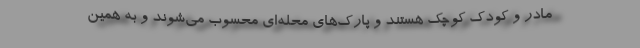
مادر و کودک کوچک هستند و پارک‌های محله‌ای محسوب می‌شوند و به همین